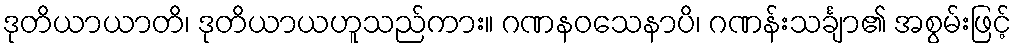
ဒုတိယာယာတိ၊ ဒုတိယာယဟူသည်ကား။ ဂဏနဝသေနာပိ၊ ဂဏန်းသင်္ချာ၏ အစွမ်းဖြင့်